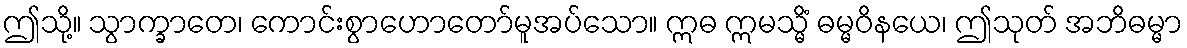
ဤသို့။ သွာက္ခာတေ၊ ကောင်းစွာဟောတော်မူအပ်သော။ ဣဓ ဣမသ္မိံ ဓမ္မဝိနယေ၊ ဤသုတ် အဘိဓမ္မာ